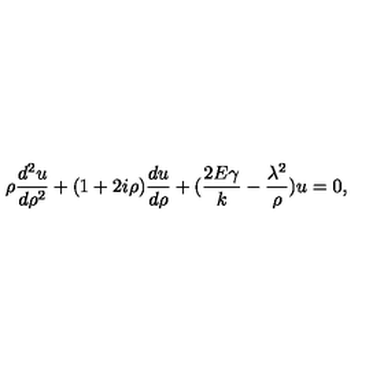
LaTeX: \rho { \frac { d ^ { 2 } u } { d \rho ^ { 2 } } } + ( 1 + 2 i \rho ) { \frac { d u } { d \rho } } + ( { \frac { 2 E \gamma } { k } } - { \frac { \lambda ^ { 2 } } { \rho } } ) u = 0 ,